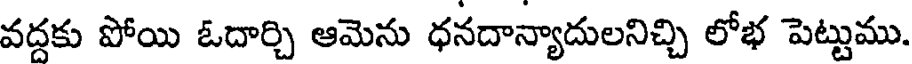
వద్దకు పోయి ఓదార్చి ఆమెను ధనదాన్యాదులనిచ్చి లోభ పెట్టుము.